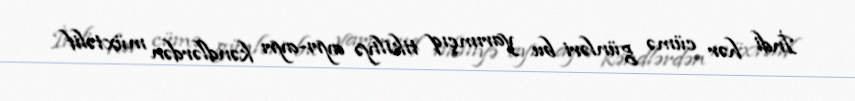
İndi hər cümə günləri bu yarımçıq tikiliyə ayrı-ayrı kəndlərdən müxtəlif